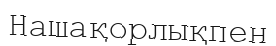
Нашақорлықпен